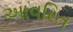
આવરિત